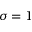
\sigma = 1